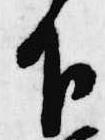
下